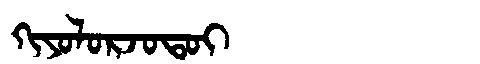
Manchu: ᡴᡳᠶᠣᠯᠣᡵᠵᠣᡨᠣᡳ
Romanization: KIYOLORJOTOI